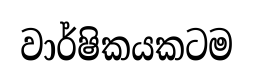
වාර්ෂිකයකටම